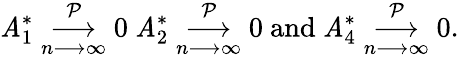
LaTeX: \mathit{A}_{1}^{\ast}\underset{n\longrightarrow\infty}{\overset{\mathcal{{P}}}{\longrightarrow}}0\mathrm{{~}}\mathit{A}_{2}^{\ast}\underset{n\longrightarrow\infty}{\overset{\mathcal{{P}}}{\longrightarrow}}0\mathrm{{~and~}}\mathit{A}_{4}^{\ast}\underset{n\longrightarrow\infty}{\overset{\mathcal{{P}}}{\longrightarrow}}0.